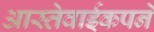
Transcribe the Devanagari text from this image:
आस्तेवाईकपने